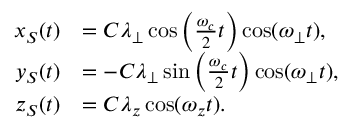
\begin{array} { r l } { x _ { S } ( t ) } & { = C \lambda _ { \perp } \cos \left( \frac { \omega _ { c } } { 2 } t \right) \cos ( \omega _ { \perp } t ) , } \\ { y _ { S } ( t ) } & { = - C \lambda _ { \perp } \sin \left( \frac { \omega _ { c } } { 2 } t \right) \cos ( \omega _ { \perp } t ) , } \\ { z _ { S } ( t ) } & { = C \lambda _ { z } \cos ( \omega _ { z } t ) . } \end{array}